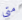
متى